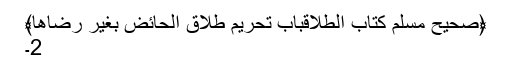
﴿صحیح مسلم کتاب الطلاقباب تَحْرِيمِ طَلاَقِ الْحَائِضِ بِغَيْرِ رِضَاهَا﴾
2۔